system: You are a helpful assistant.
user:
Analyze the provided spectrum to determine if it is a **M-type Giant (gM)**.

A M-type Giant spectrum is defined by its **strong molecular absorption** features, particularly from **Titanium Oxide (TiO)**. You must check for one of the following mutually exclusive signatures:

- **Key Visual Indicators (Absorption-Dominated Spectrum):**

    - **(Primary):** The spectrum is dominated by strong molecular absorption from **Titanium Oxide (TiO)**. This is the **defining feature** of its M-type temperature class.
        - **(Key Bandheads):** Look for sharp, "saw-tooth" absorption valleys. The strongest are located near **~7050 Å**, **~6160 Å**, and **~5170 Å**.
        - **(Line Profile):** The "saw-tooth" morphology is critical: a **sharp, steep drop on the BLUE (short-wavelength) side** of the bandhead, followed by a gradual recovery (rising flux) towards the RED (long-wavelength) side.

    - **(Key Confirmation - Giant vs. Dwarf):** **ABSENCE** of strong **Calcium Hydride (CaH)** molecular bands. This is the primary diagnostic for *excluding* M-dwarfs.
        - **(Key Region):** The spectrum should lack the strong, broad absorption band seen in dwarfs between **~6800 Å and ~7000 Å**.

    - **(Secondary Confirmation - Giant):** A very strong and broad **Neutral Calcium (Ca I)** atomic absorption line.
        - **(Key Line):** Located at **~4226 Å**. In a giant (gM), this line is significantly deeper and broader than the same line in an M-dwarf (dM) due to low surface gravity.

    - **(Overall Spectrum):**
        - The continuum is **extremely red-sloping** (i.e., flux is very low in the blue and rises dramatically towards the red).
        - The entire spectrum appears "chopped up" by the deep TiO bands.

Think first, call **spectral_visualization_tool** if needed to examine features in detail, then provide your final answer. Your response must adhere to the following strict rules:
1.  **Overall Structure:** Your response must follow the format `<think>...</think> <tool_call>...</tool_call> (if a tool is used) <answer>...</answer>`.
2.  **Tool Usage Constraint:** You may only make **one** tool call per turn.
3.  **Final Answer Format:** In the `<answer>` tag, your conclusion must be inside a `\boxed{}` command (e.g., `\boxed{YES}` or `\boxed{NO}`), followed by your justification.

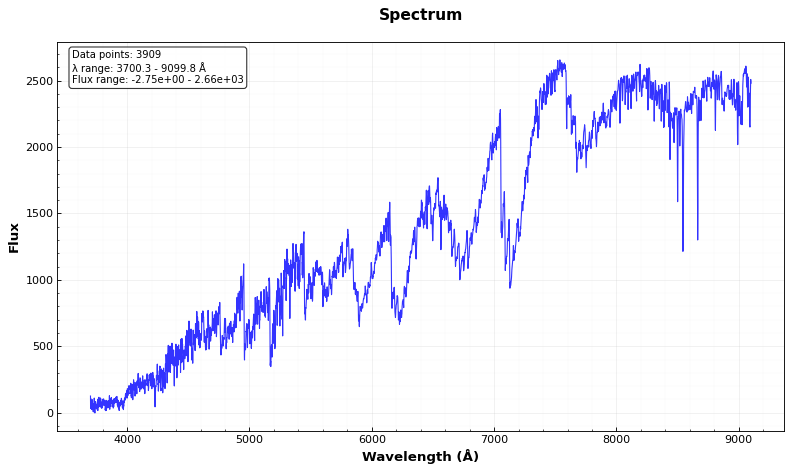
Answer: YES